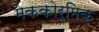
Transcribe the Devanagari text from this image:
मेककोर्मिक